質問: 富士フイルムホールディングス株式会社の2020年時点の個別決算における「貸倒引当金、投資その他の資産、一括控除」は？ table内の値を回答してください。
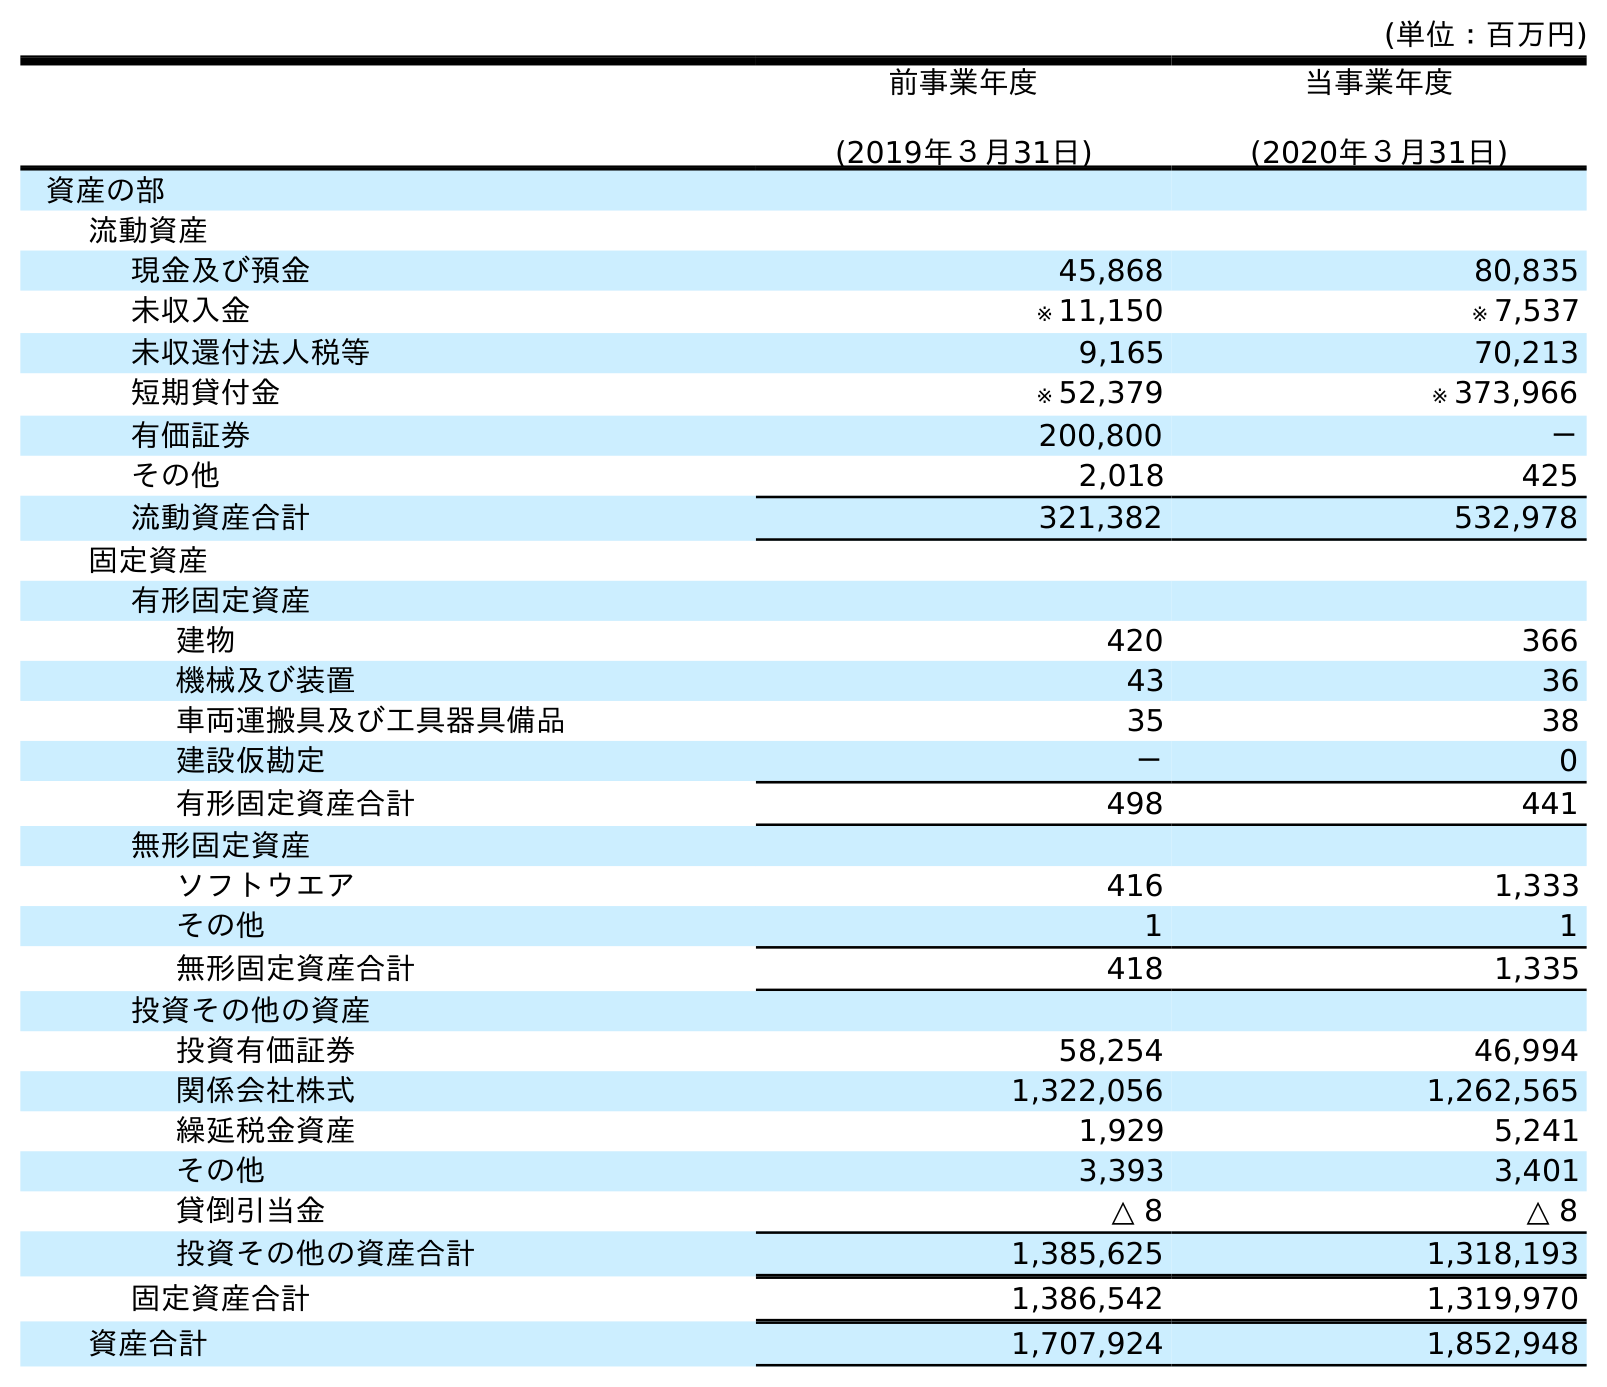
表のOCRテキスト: (単位：百万円) 前事業年度 (2019年３月31日) 当事業年度 (2020年３月31日) 資産の部 流動資産 現金及び預金 45,868 80,835 未収入金 ※ 11,150 ※ 7,537 未収還付法人税等 9,165 70,213 短期貸付金 ※ 52,379 ※ 373,966 有価証券 200,800 － その他 2,018 425 流動資産合計 321,382 532,978 固定資産 有形固定資産 建物 420 366 機械及び装置 43 36 車両運搬具及び工具器具備品 35 38 建設仮勘定 － 0 有形固定資産合計 498 441 無形固定資産 ソフトウエア 416 1,333 その他 1 1 無形固定資産合計 418 1,335 投資その他の資産 投資有価証券 58,254 46,994 関係会社株式 1,322,056 1,262,565 繰延税金資産 1,929 5,241 その他 3,393 3,401 貸倒引当金 △ 8 △ 8 投資その他の資産合計 1,385,625 1,318,193 固定資産合計 1,386,542 1,319,970 資産合計 1,707,924 1,852,948
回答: △8